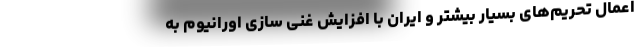
اعمال تحریم‌های بسیار بیشتر و ایران با افزایش غنی سازی اورانیوم به